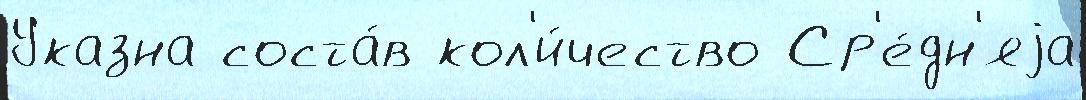
Указна соста́в кол'и́чество Ср'е́дн'яjа